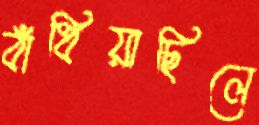
বাঁধিয়াছিলে